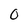
Character: O